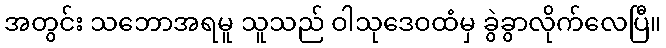
အတွင်း သဘောအရမူ သူသည် ဝါသုဒေဝထံမှ ခွဲခွာလိုက်လေပြီ။